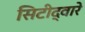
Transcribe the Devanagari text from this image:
सिटीद्वारे